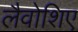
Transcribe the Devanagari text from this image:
लैवोशिए